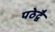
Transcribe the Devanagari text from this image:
पठेद्वै